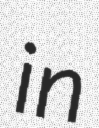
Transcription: in